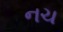
નચ